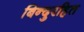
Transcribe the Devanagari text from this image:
बिन्दुरहित